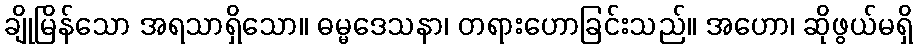
ချိုမြိန်သော အရသာရှိသော။ ဓမ္မဒေသနာ၊ တရားဟောခြင်းသည်။ အဟော၊ ဆိုဖွယ်မရှိ